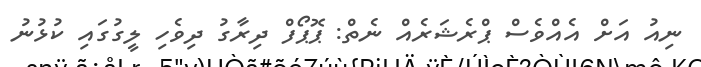
ނިއު އަށް އެއްވެސް ޕްރެޝަރެއް ނެތް: ޕޮޕޯފް ދިރާގު ދިވެހި ލީގުގައި ކުޅުނު